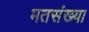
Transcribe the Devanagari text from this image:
मतसंख्या